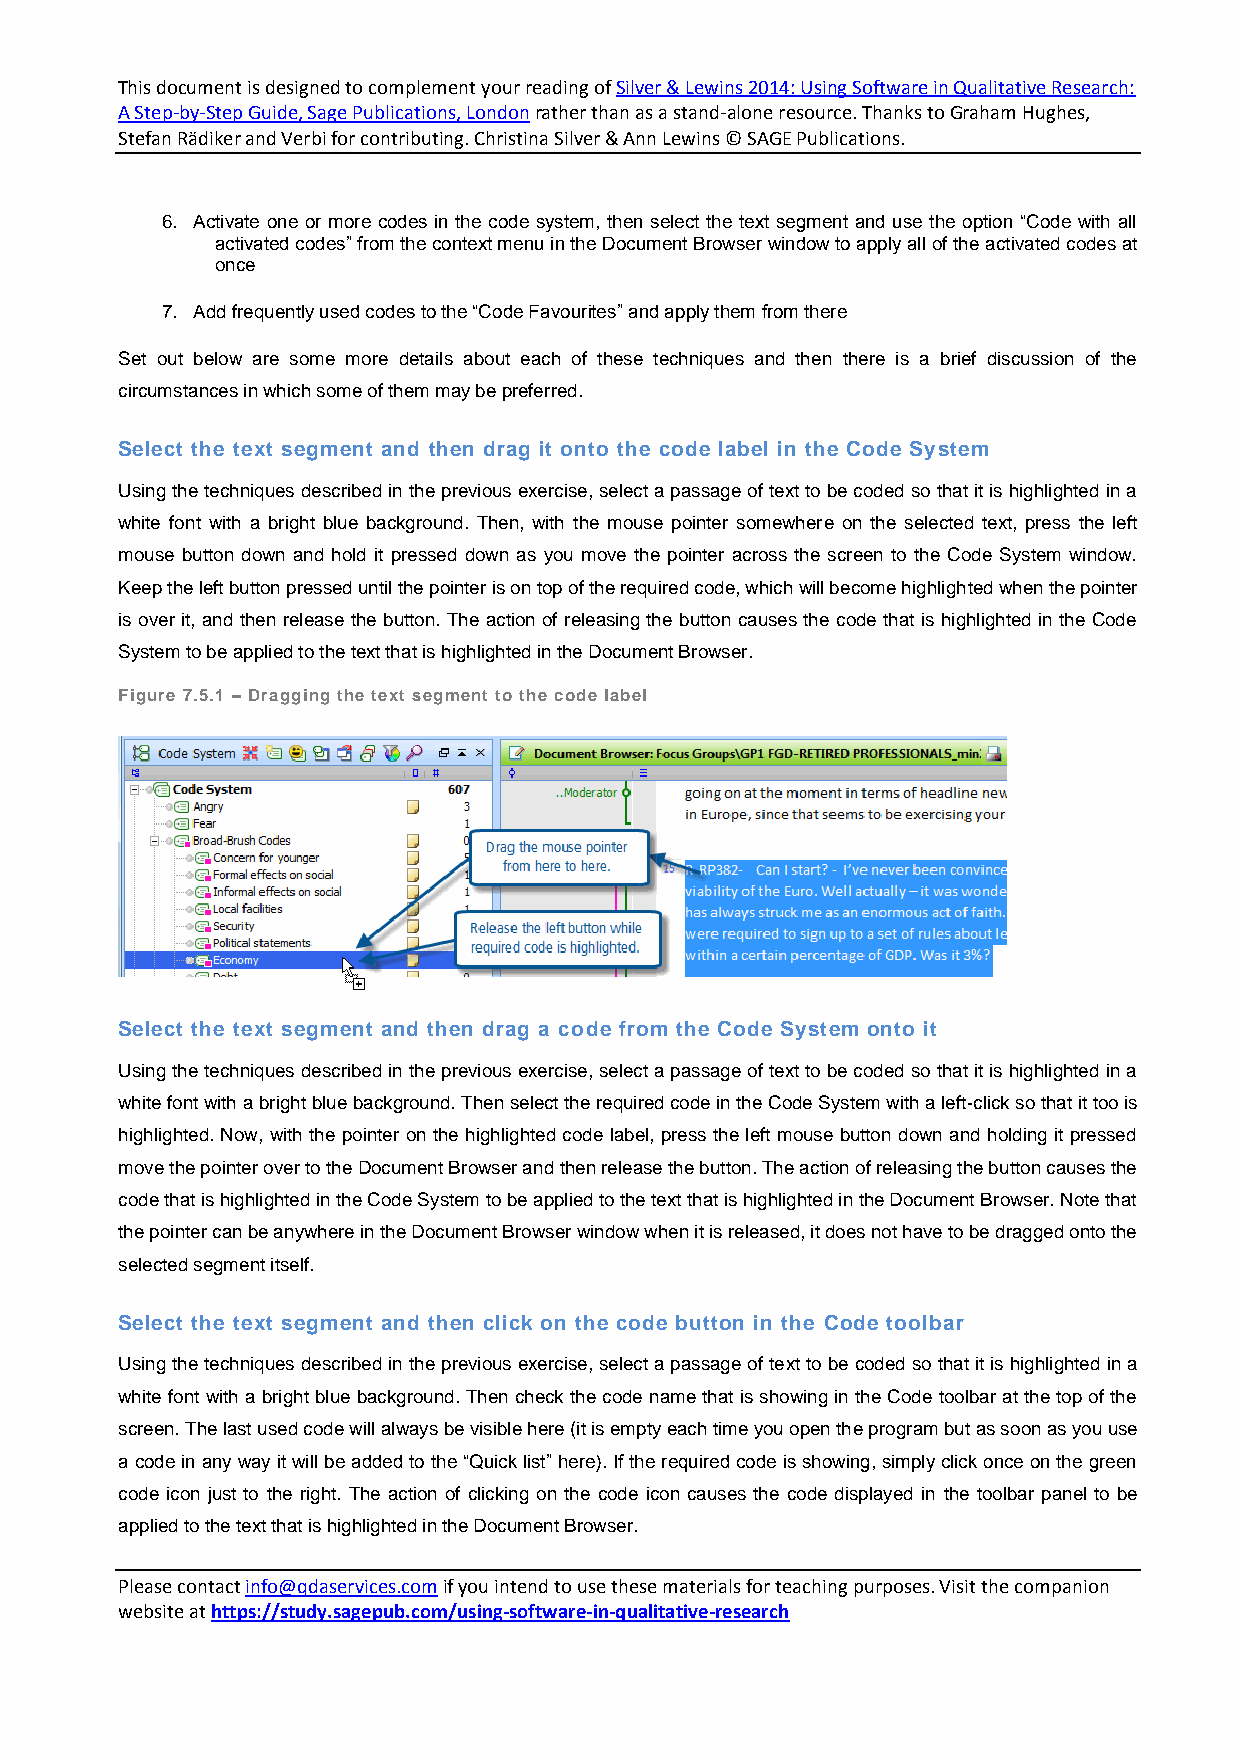
This document is designed to complement your reading of Silver & Lewins 2014: Using Software in Qualitative Research:
 A Step-by-Step Guide, Sage Publications, London rather than as a stand-alone resource. Thanks to Graham Hughes,
 Stefan Rädiker and Verbi for contributing. Christina Silver & Ann Lewins © SAGE Publications.
 6. Activate one or more codes in the code system, then select the text segment and use the option “Code with all
 activated codes” from the context menu in the Document Browser window to apply all of the activated codes at
 once
 7. Add frequently used codes to the “Code Favourites” and apply them from there
 Set out below are some more details about each of these techniques and then there is a brief discussion of the
 circumstances in which some of them may be preferred.
 Select the text segment and then drag it onto the code label in the Code System
 Using the techniques described in the previous exercise, select a passage of text to be coded so that it is highlighted in a
 white font with a bright blue background. Then, with the mouse pointer somewhere on the selected text, press the left
 mouse button down and hold it pressed down as you move the pointer across the screen to the Code System window.
 Keep the left button pressed until the pointer is on top of the required code, which will become highlighted when the pointer
 is over it, and then release the button. The action of releasing the button causes the code that is highlighted in the Code
 System to be applied to the text that is highlighted in the Document Browser.
 Figure 7.5.1 – Dragging the text segment to the code label
 Select the text segment and then drag a code from the Code System onto it
 Using the techniques described in the previous exercise, select a passage of text to be coded so that it is highlighted in a
 white font with a bright blue background. Then select the required code in the Code System with a left-click so that it too is
 highlighted. Now, with the pointer on the highlighted code label, press the left mouse button down and holding it pressed
 move the pointer over to the Document Browser and then release the button. The action of releasing the button causes the
 code that is highlighted in the Code System to be applied to the text that is highlighted in the Document Browser. Note that
 the pointer can be anywhere in the Document Browser window when it is released, it does not have to be dragged onto the
 selected segment itself.
 Select the text segment and then click on the code button in the Code toolbar
 Using the techniques described in the previous exercise, select a passage of text to be coded so that it is highlighted in a
 white font with a bright blue background. Then check the code name that is showing in the Code toolbar at the top of the
 screen. The last used code will always be visible here (it is empty each time you open the program but as soon as you use
 a code in any way it will be added to the “Quick list” here). If the required code is showing, simply click once on the green
 code icon just to the right. The action of clicking on the code icon causes the code displayed in the toolbar panel to be
 applied to the text that is highlighted in the Document Browser.
 Please contact info@qdaservices.com if you intend to use these materials for teaching purposes. Visit the companion
 website at https://study.sagepub.com/using-software-in-qualitative-research